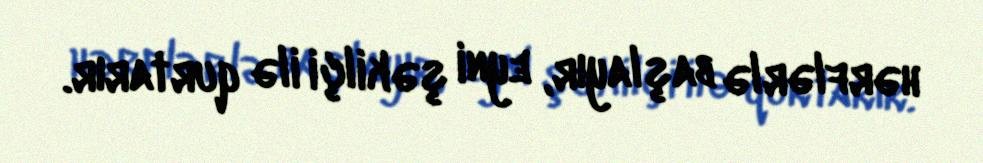
hərflərlə başlayır, eyni şəkilçi ilə qurtarır.